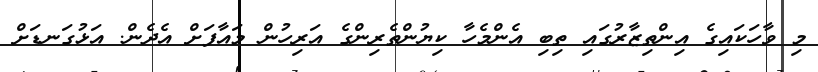
މި ވާހަކައިގެ އިންތިޒާރުގައި ތިބި އެންމެހާ ކިޔުންތެރިންގެ އަރިހުން މައާފަށް އެދެން. އަޅުގަނޑަށް